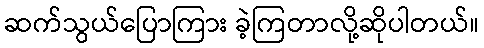
ဆက်သွယ်ပြောကြား ခဲ့ကြတာလို့ဆိုပါတယ်။